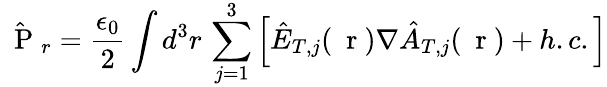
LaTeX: \hat{\mathrm{~\mathbf~P~}}_{r}=\frac{\epsilon_{0}}{2}\int d^{3}r\, \sum_{j=1}^{3}\left[\hat{E}_{T,j}(\mathrm{~\mathbf~r~})\nabla\hat{A}_{T,j}(\mathrm{~\mathbf~r~})+h.c.\right]